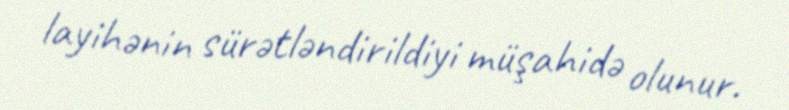
layihənin sürətləndirildiyi müşahidə olunur.